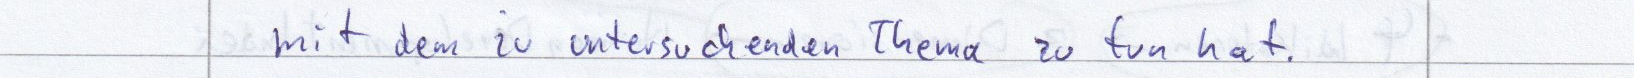
mit dem zu untersuchenden Thema zu tun hat.